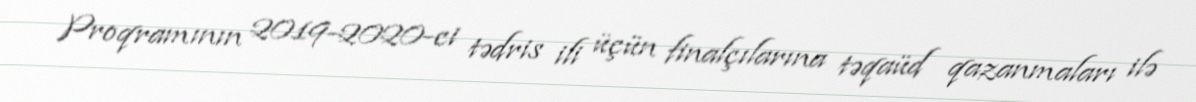
Proqramının 2019-2020-ci tədris ili üçün finalçılarına təqaüd qazanmaları ilə